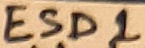
Text: ESD1